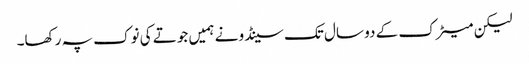
لیکن میٹرک کے دو سال تک سینڈو نے ہمیں جوتے کی نوک پہ رکھا۔